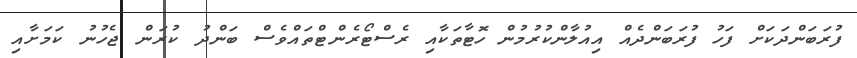
ފުރަބަންދަކަށް ފަހު ފުރަބަންދެއް އިއުލާންކުރުމުން ހޮޓާތަކާއި ރެސްޓޯރެންޓްތައްވެސް ބަންދު ކުރަން ޖެހުނު ކަމަށާއި